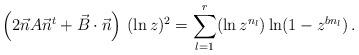
LaTeX: \begin{align*} \left( 2\vec{n}A\vec{n}^{t}+\vec{B}\cdot \vec{n}\right)\,(\ln z)^2 = \sum\limits_{l=1}^{r} (\ln z^{n_{l}}) \ln (1-z^{bn_{l}})\,.\end{align*}